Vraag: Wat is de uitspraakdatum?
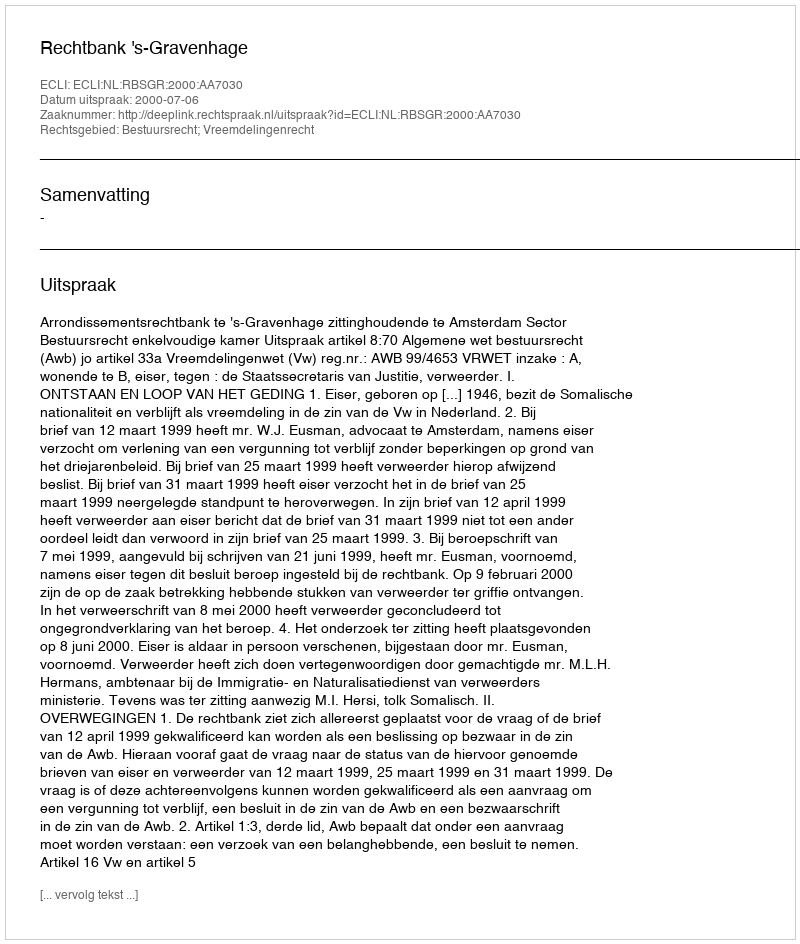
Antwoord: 2000-07-06